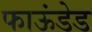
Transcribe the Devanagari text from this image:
फाऊंडेड